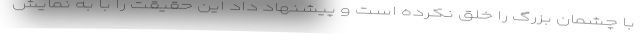
با چشمان بزرگ را خلق نکرده است و پیشنهاد داد این حقیقت را با به نمایش